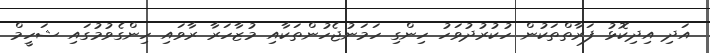
އަދި އިދިކޮޅު ފަރާތްތަކުން ހުކުރުދުވަހު ހިންގި ހަމަނުޖެހުންތަކާއި މުޒާހަރާ ރާވައި ހިންގެވުމުގައި ޝަހީމް